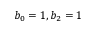
b _ { 0 } = 1 , b _ { 2 } = 1